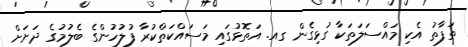
ތަފާތު އެކި މައްސަލަތަކާ ގުޅިގެން ގއ. އަތޮޅުގައި މަސައްކަތްކުރާ ފުލުހުންގެ ބެލުމުގެ ދަަށަށް